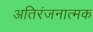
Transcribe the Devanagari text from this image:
अतिरंजनात्मक